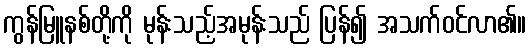
ကွန်မြူနစ်တို့ကို မုန်းသည့်အမုန်းသည် ပြန်၍ အသက်ဝင်လာ၏။